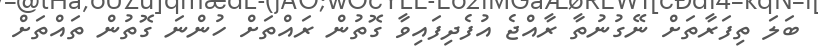
ބަލަ ތިފަރާތަށް ނޭގުނުތާ ރާއްޖެ އުފެދިފައިވާ ގޮތުން ރައްތަށް ހުންނަ ގޮތުން ތައްތަށް